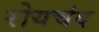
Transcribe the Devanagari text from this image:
रोयचंद